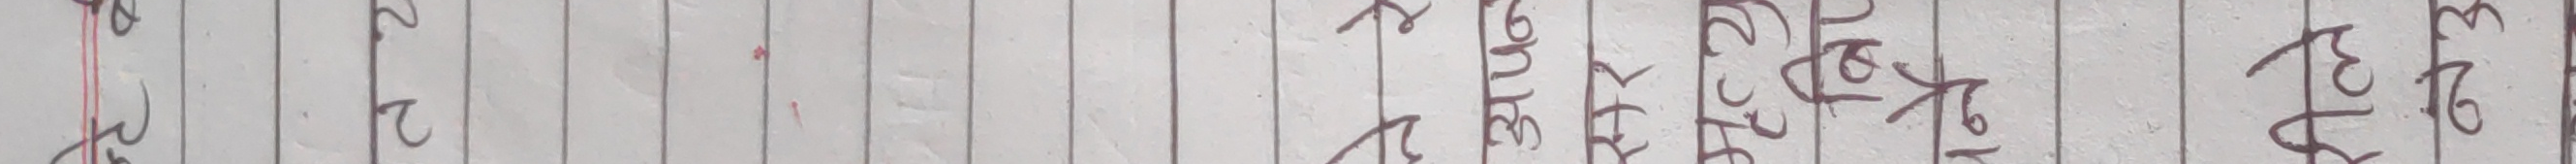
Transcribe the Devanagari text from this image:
२२७३९६२७१ हे हे